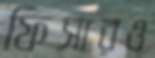
ফিসারও